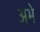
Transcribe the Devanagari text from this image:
अभे